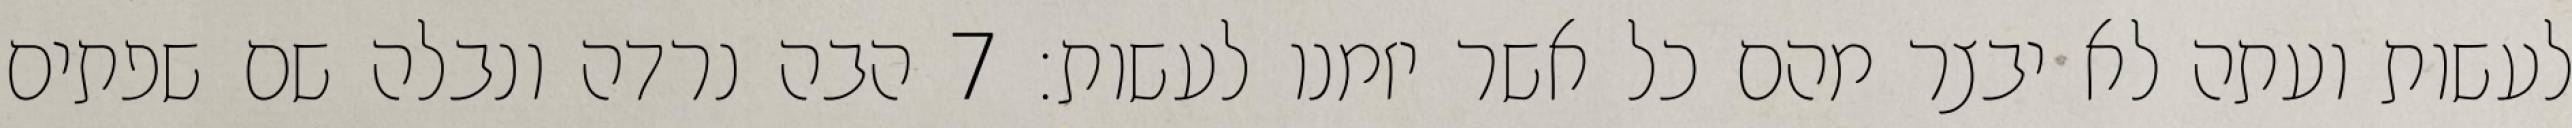
לעשות ועתה לא יבצר מהם כל אשר יזמנו לעשות׃ ‎7‏ הבה נרדה ונבלה שם שפתים